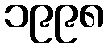
၁၉၉၈